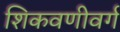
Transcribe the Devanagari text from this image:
शिकवणीवर्ग